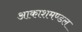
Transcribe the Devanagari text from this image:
आकाशमण्डल